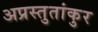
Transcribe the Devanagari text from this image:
अप्रस्तुतांकुर